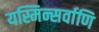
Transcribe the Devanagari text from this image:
यस्मिन्सर्वाणि